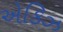
એકિઝ